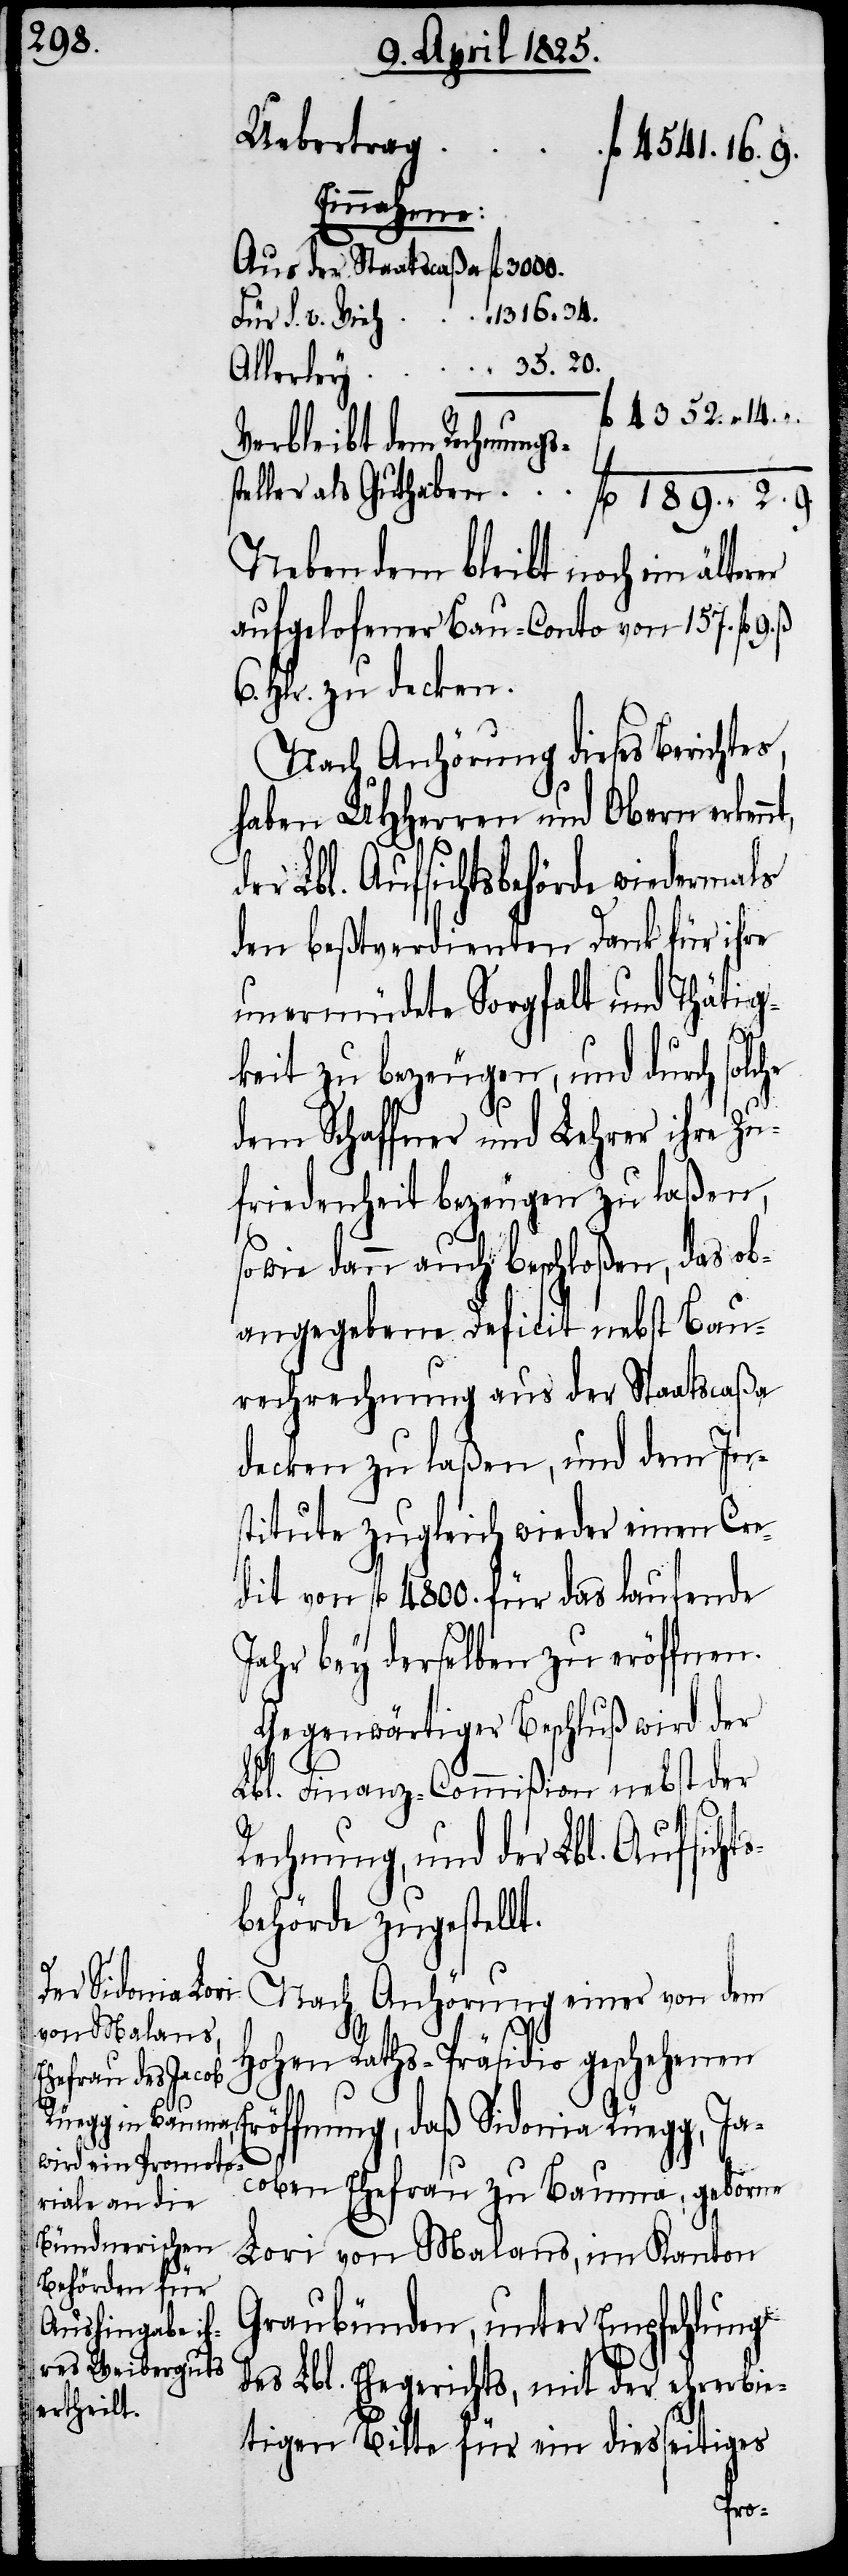
Guthaben
Aus der Staatscaßa
Für S. v. Vieh
„
älterer
Verbleibt dem Rechnungs¬
Neben dem bleibt noch ein
aufgelofener Bau-Conto von 157. fl 9.
6. Hlr. zu decken.
Nach Anhörung dieses Berichtes,
haben UHHerren und Obern erken¬
der Lbl. Aufsichtsbehörde wiedermals
den beßtverdienten Dank für ihre
unermüdete Sorgfalt und Thätig¬
189.
keit zu bezeugen, und durch solche
dem Schaffner und Lehrer ihre Zu¬
friedenheit bezeugen zu laßen,
sowie dann auch beschloßen, das ob¬
angegebene Deficit nebst Bau¬
rechnung aus der Staatscaßa
decken zu laßen, und dem In¬
stitute zugleich wieder einen Cre¬
dit von fl 4800. für das laufende
Jahr bey derselben zu eröffnen.
Gegenwärtiger Beschluß wird der
Lbl. Finanz-Commißion nebst der
Rechnung, und der Lbl. Aufsichts¬
behörde zugestellt.
Nach Anhörung einer von dem
nt,
Hohen Raths-Präsidio geschehenen
Eröffnung, daß Sidonia Rüegg, Ja¬
coben Ehefrau zu Bauma, geborne
Lori von Malans, im Kanton
Graubünden, unter Empfehlung
des Lbl. Ehegerichts, mit der ehrerbie¬
tigen Bitte für ein diesseitiges